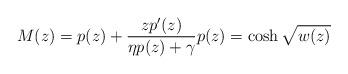
LaTeX: \begin{align*} M(z)=p(z)+\frac{z p'(z)}{\eta p(z) + \gamma} p(z)=\cosh \sqrt{w(z)} \end{align*}